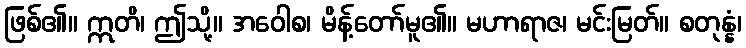
ဖြစ်၏။ ဣတိ၊ ဤသို့။ အဝေါစ၊ မိန့်တော်မူ၏။ မဟာရာဇ၊ မင်းမြတ်။ စတုန္နံ၊